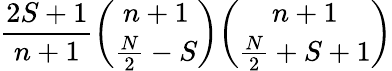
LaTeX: \displaystyle\frac{2S+1}{n+1}\binom{n+1}{\frac{N}{2}-S}\binom{n+1}{\frac{N}{2}+S+1}